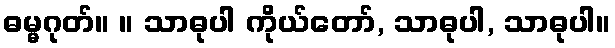
ဓမ္မဂုတ်။ ။ သာဓုပါ ကိုယ်တော်, သာဓုပါ, သာဓုပါ။